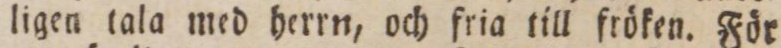
ligen tala med herrn, och fria till fröken. För